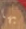
بها